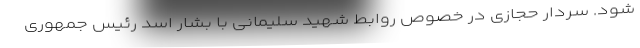
شود. سردار حجازی در خصوص روابط شهید سلیمانی با بشار اسد رئیس جمهوری